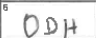
Transcription: ODH